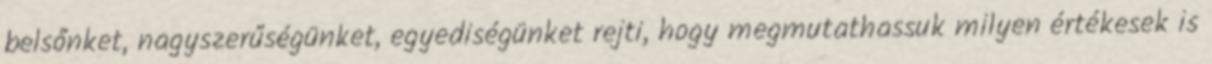
belsőnket, nagyszerűségünket, egyediségünket rejti, hogy megmutathassuk milyen értékesek is